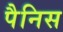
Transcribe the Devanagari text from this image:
पैनिस